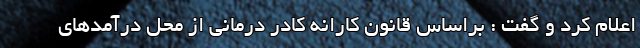
اعلام کرد و گفت : براساس قانون کارانه کادر درمانی از محل درآمدهای